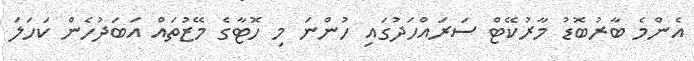
އެންމެ ބާރުބޮޑު މާރުކޭޓް ސަރައްހަދުގައި ހުންނަ މި ހޮޓާގެ މޭޒުތައް އަބަދުހެން ކަހަލަ